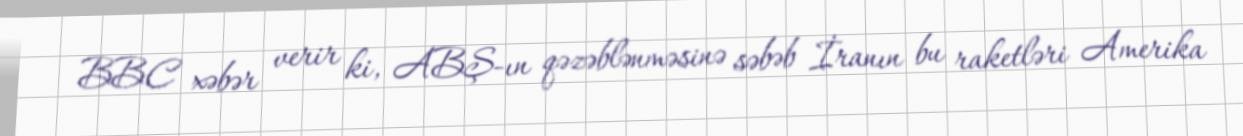
BBC xəbər verir ki, ABŞ-ın qəzəblənməsinə səbəb İranın bu raketləri Amerika